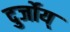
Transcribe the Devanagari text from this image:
दुर्जोय्